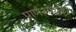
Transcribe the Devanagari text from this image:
पाणअघाडा